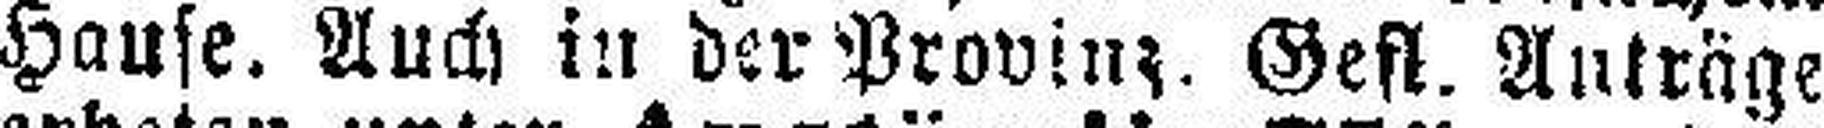
Hause. Auch in der Provinz. Gefl. Anträge